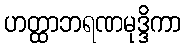
ဟတ္ထာဘရဏမုဒ္ဒိကာ